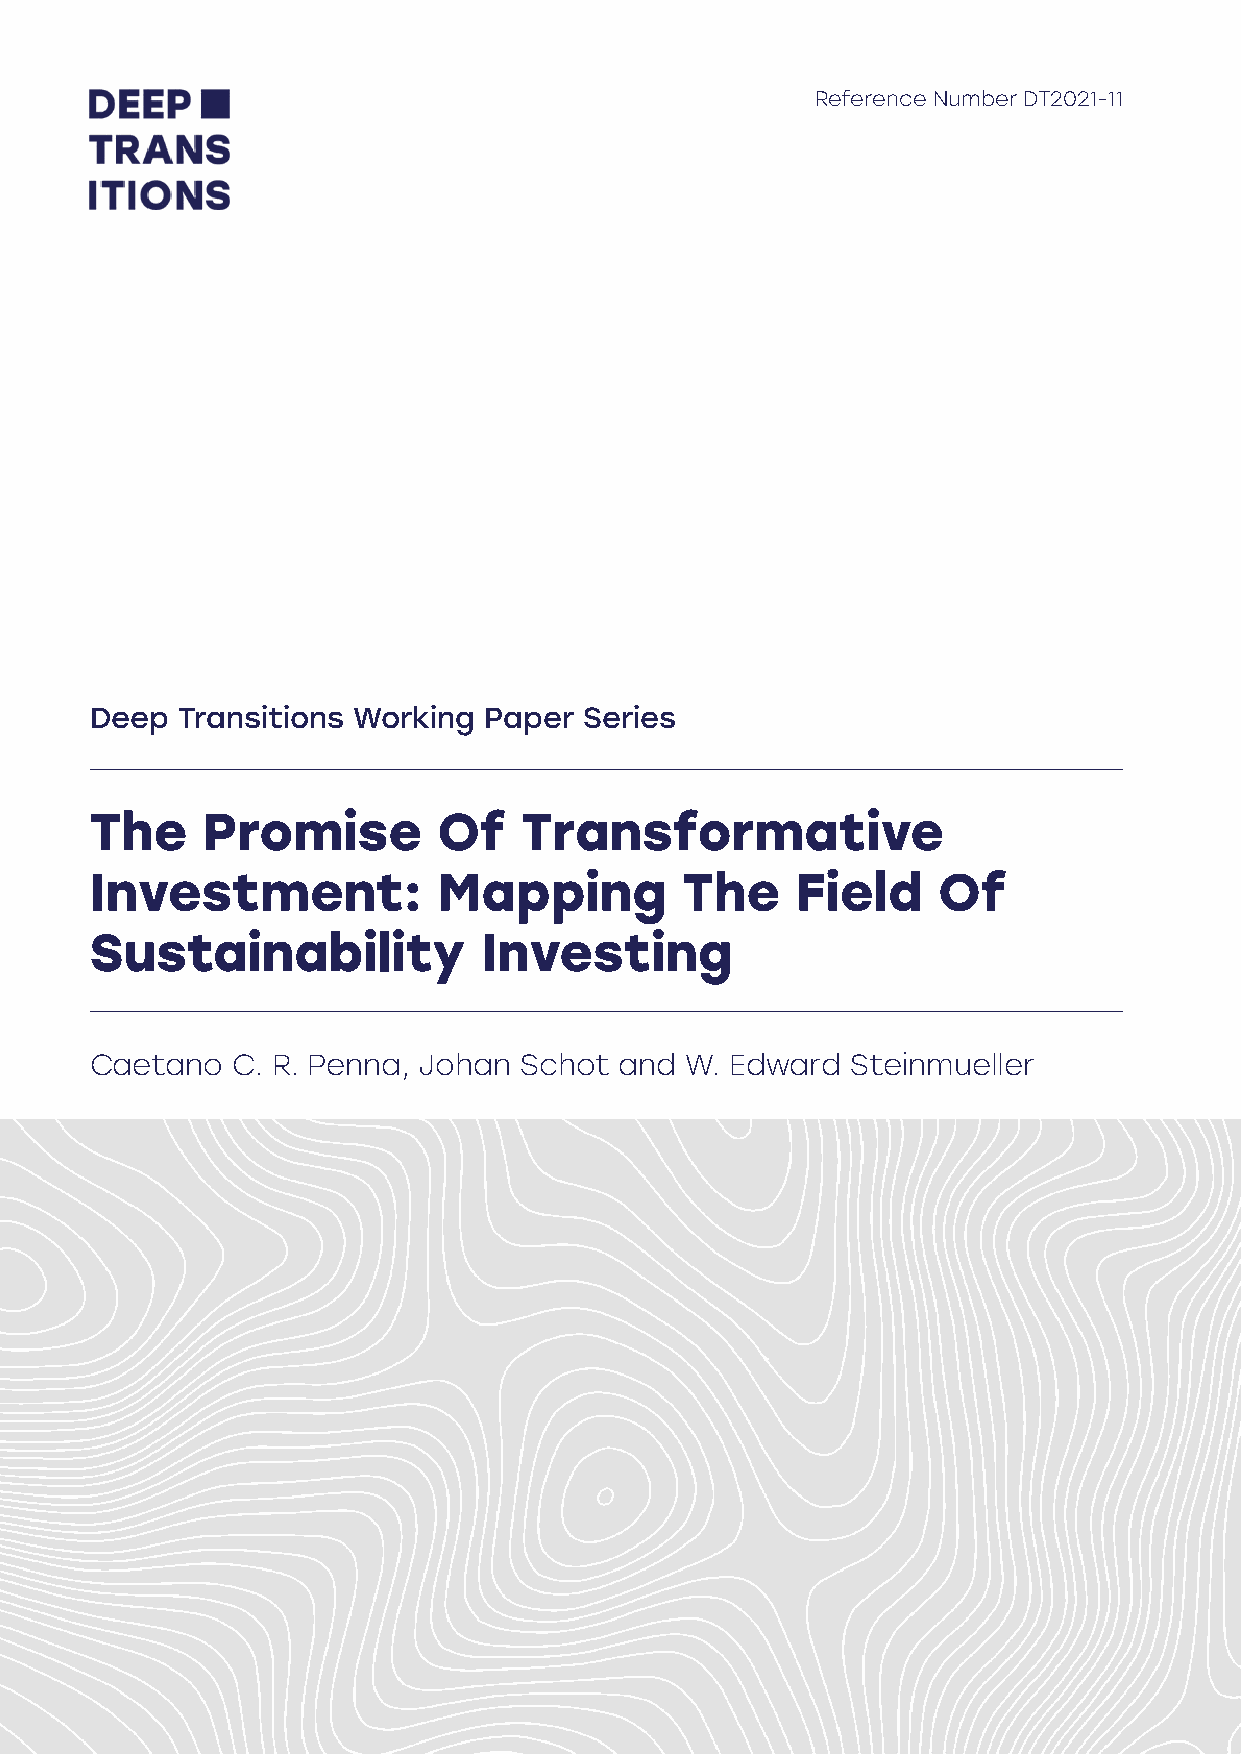
Reference Number DT2021-11
 Deep  Transitions Working Paper  Series
 The    Promise         Of   Transformative
 Investment:            Mapping         The     Field    Of
 Sustainability            Investing
 Caetano  C. R. Penna, Johan Schot  and W. Edward  Steinmueller